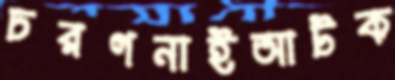
চরগনাইআটক